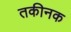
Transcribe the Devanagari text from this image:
तकीनक